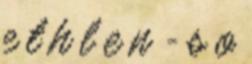
e t h l e n - s o